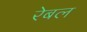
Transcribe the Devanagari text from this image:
रेबल